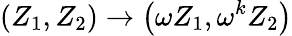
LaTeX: \left(Z_{1},Z_{2}\right)\rightarrow\left(\omega Z_{1},\omega^{k}Z_{2}\right)